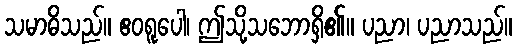
သမာဓိသည်။ ဧဝရူပေါ၊ ဤသို့သဘောရှိ၏။ ပညာ၊ ပညာသည်။